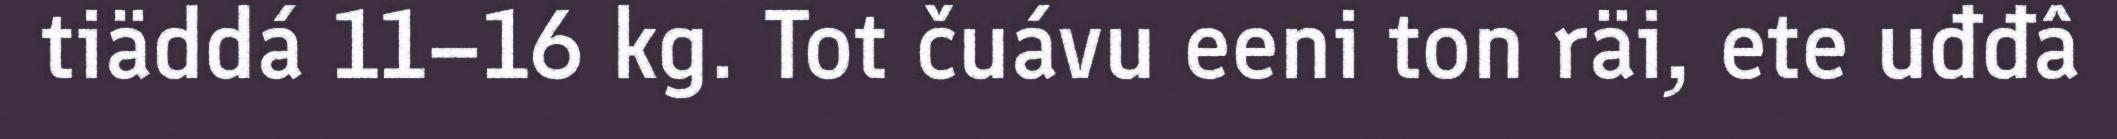
tiäddá 11–16 kg. Tot čuávu eeni ton räi, ete uđđâ